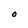
Character: O